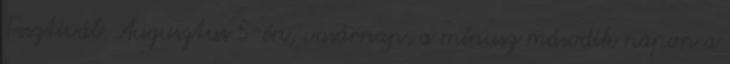
Fesztivál. Augusztus 5-én, vasárnap, a mínusz második napon a